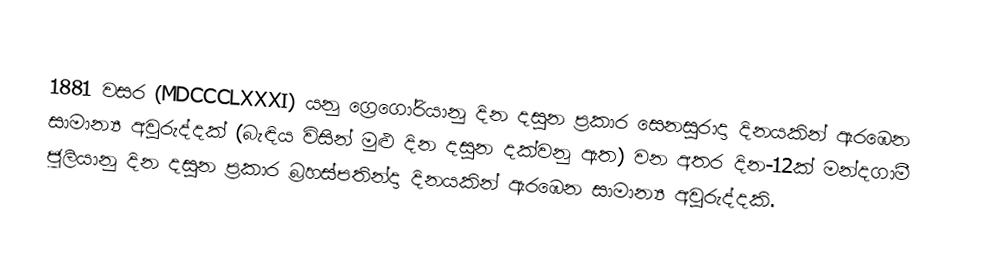

1881 වසර (MDCCCLXXXI) යනු  ග්‍රෙගෝරියානු දින දසුන ප්‍රකාර  සෙනසුරාදා දිනයකින් ඇරඹෙන සාමාන්‍ය අවුරුද්දක් (බැඳිය විසින් මුළු දින දසුන දක්වනු ඇත) වන අතර දින-12ක් මන්දගාමී ජූලියානු දින දසුන ප්‍රකාර   බ්‍රහස්පතින්දා දිනයකින් ඇරඹෙන සාමාන්‍ය අවුරුද්දකි.